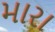
મારા